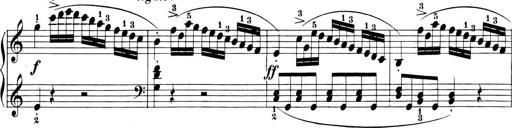
Title: 6 Piano Sonatinas
Composer: Cornelius Gurlitt